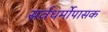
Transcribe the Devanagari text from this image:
सर्वधर्मोपासक